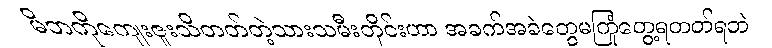
မိဘကိုကျေးဇူးသိတတ်တဲ့သားသမီးတိုင်းဟာ အခက်အခဲတွေမကြုံတွေ့ရတတ်ရဘဲ